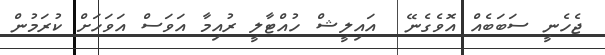
ޖެހެނީ ސަބަބެއް އޮވެގެނޭ  އައިލީޝް ހުއްޓާލީ ރުއިމާ އަވަސް އަވަހަށް ކުރަމުން